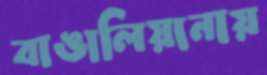
বাঙালিয়ানায়